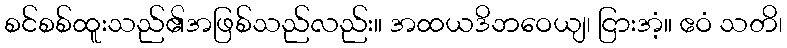
စင်စစ်ထူးသည်၏အဖြစ်သည်လည်း။ အထယဒိဘဝေယျ၊ ငြားအံ့။ ဧဝံ သတိ၊